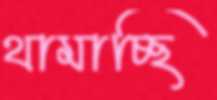
থামাচ্ছি